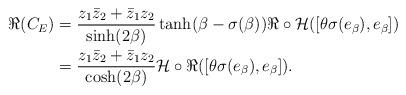
LaTeX: \begin{align*}\Re(C_E)&=\frac{z_1\bar{z}_2+\bar{z}_1z_2}{\sinh(2\beta)}\tanh(\beta-\sigma(\beta))\Re\circ\mathcal{H}([\theta\sigma(e_{\beta}),e_{\beta}]) \\&=\frac{z_1\bar{z}_2+\bar{z}_1z_2}{\cosh(2\beta)}\mathcal{H}\circ\Re([\theta\sigma(e_{\beta}),e_{\beta}]).\end{align*}